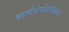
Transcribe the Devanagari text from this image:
कर्मधर्मसंयोग